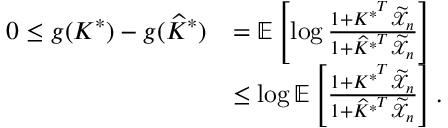
\begin{array} { r l } { 0 \leq g ( K ^ { * } ) - g ( \widehat { K } ^ { * } ) } & { = \mathbb { E } \left[ \log \frac { 1 + K ^ { * ^ { T } } \widetilde { \mathcal { X } } _ { n } } { 1 + \widehat { K } ^ { * ^ { T } } \widetilde { \mathcal { X } } _ { n } } \right] } \\ & { \leq \log \mathbb { E } \left[ \frac { 1 + K ^ { * ^ { T } } \widetilde { \mathcal { X } } _ { n } } { 1 + \widehat { K } ^ { * ^ { T } } \widetilde { \mathcal { X } } _ { n } } \right] . } \end{array}